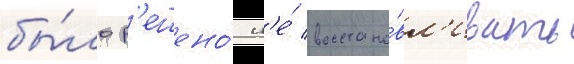
бы́ло р'ешено́ н'е́ восстана́вл'ивать